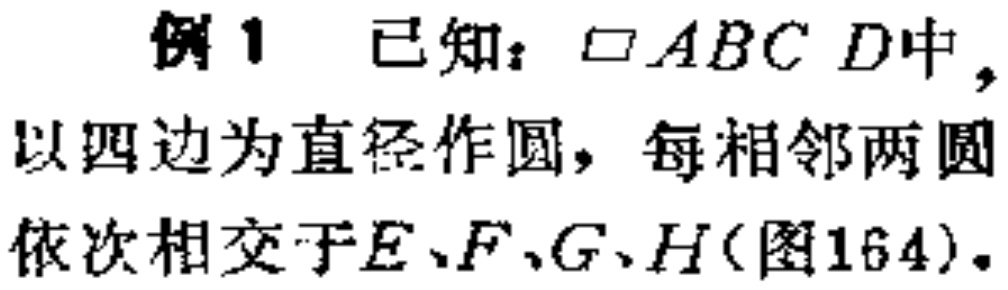
例1 已知：$\square ABCD$中，以四边为直径作圆，每相邻两圆依次相交于$E、F、G、H$(图164)。